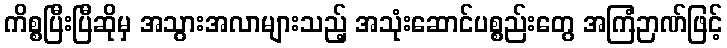
ကိစ္စပြီးပြီဆိုမှ အသွားအလာများသည့် အသုံးဆောင်ပစ္စည်းတွေ အကြံဉာဏ်ဖြင့်